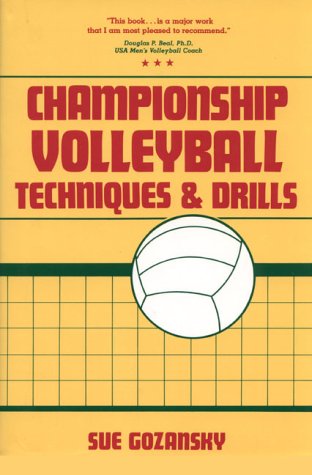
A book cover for Championship Volleyball Techniques and Drills; Sue Gozansky; Sports & Outdoors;